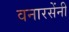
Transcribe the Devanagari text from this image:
वनारसेंनी